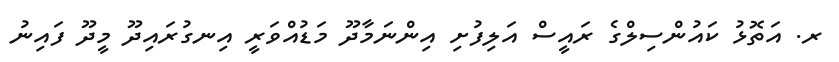
ރ. އަތޮޅު ކައުންސިލްގެ ރައީސް އަލިފުށި އިންނަމާދޫ މަޑުއްވަރީ އިނގުރައިދޫ މީދޫ ފައިނު